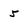
Character: 5